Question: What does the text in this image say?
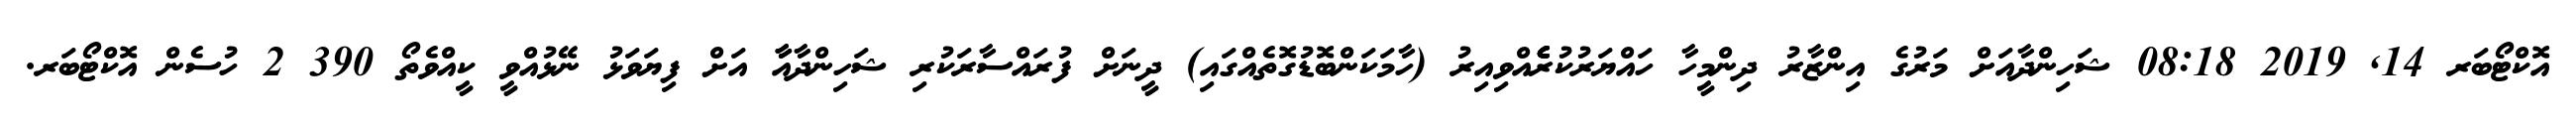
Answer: އޮކްޓޯބަރ 14, 2019 08:18 ޝަހިންދާއަށް މަރުގެ އިންޒާރު ދިންމީހާ ހައްޔަރުކުރެެެެެއްވިއިރު (ހާމަކަންބޮޑުގޮތެއްގައި) ދީނަށް ފުރައްސާރަކުރި ޝަހިންދާއާާ އަށް ފިޔަވަޅު ނޭޅުއްވީ ކީއްވެތޯ 390 2 ހުސެން އޮކްޓޯބަރ.